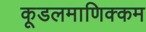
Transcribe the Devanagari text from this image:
कूडलमाणिक्कम